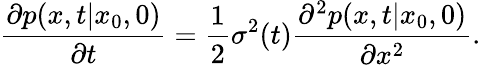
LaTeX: \frac{\partial p(x,t|x_{0},0)}{\partial t}=\frac{1}{2}\sigma^{2}(t)\frac{\partial^{2}p(x,t|x_{0},0)}{\partial x^{2}}.